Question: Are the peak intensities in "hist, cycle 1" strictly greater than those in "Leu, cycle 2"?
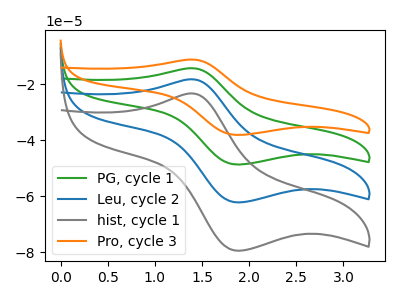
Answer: <think>The green curve "PG, cycle 1" has an anodic peak at (1.40V, -36.35uA) and a cathodic peak at (1.90V, -124.35uA). The blue curve "Leu, cycle 2" has an anodic peak at (1.40V, -18.20uA) and a cathodic peak at (1.90V, -62.15uA). The gray curve "hist, cycle 1" has an anodic peak at (1.40V, -23.25uA) and a cathodic peak at (1.90V, -79.45uA). The orange curve "Pro, cycle 3" has an anodic peak at (1.40V, -54.55uA) and a cathodic peak at (1.90V, -186.50uA).</think>
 <answer>The peaks in "hist, cycle 1" are neither all higher or all lower than the peaks in "Leu, cycle 2".</answer>
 <eval>mixed</eval>